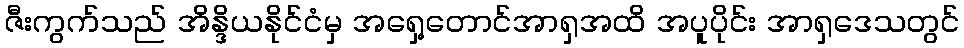
ဇီးကွက်သည် အိန္ဒိယနိုင်ငံမှ အရှေ့တောင်အာရှအထိ အပူပိုင်း အာရှဒေသတွင်